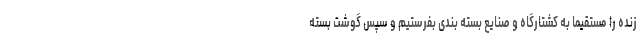
زنده را مستقیما به کشتارگاه و صنایع بسته بندی بفرستیم و سپس گوشت بسته